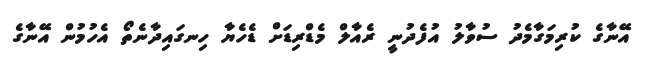
އޭނާގެ ކުރިމަގާމެދު ސުވާލު އުފެދުނީ ރެއާލް މެޑްރިޑަށް ޑެހެޔާ ހިނގައިދާނެތޯ އެހުމުން އޭނާގެ